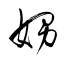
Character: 娚